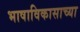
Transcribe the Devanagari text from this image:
भाषाविकासाच्या